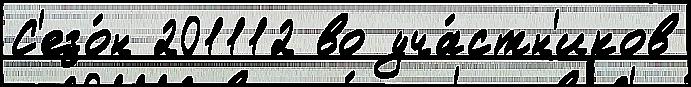
С'езо́н 201112 во уча́стн'иков